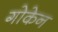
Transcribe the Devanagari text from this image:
गोकेन